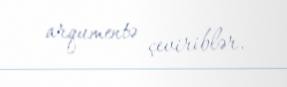
arqumentə çeviriblər.